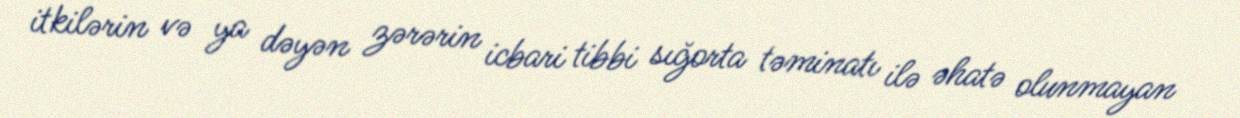
itkilərin və ya dəyən zərərin icbari tibbi sığorta təminatı ilə əhatə olunmayan